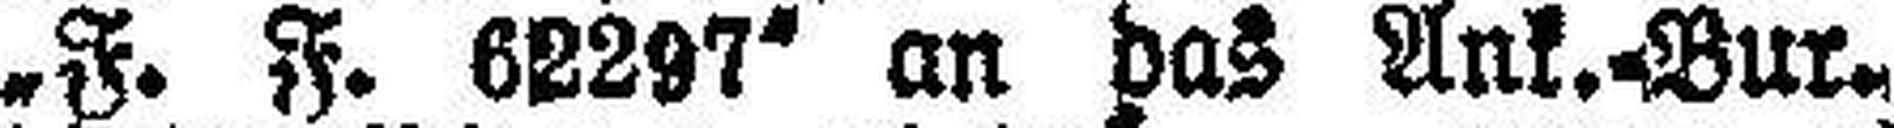
„F. F. 62297“ an das Ank.=Bur.